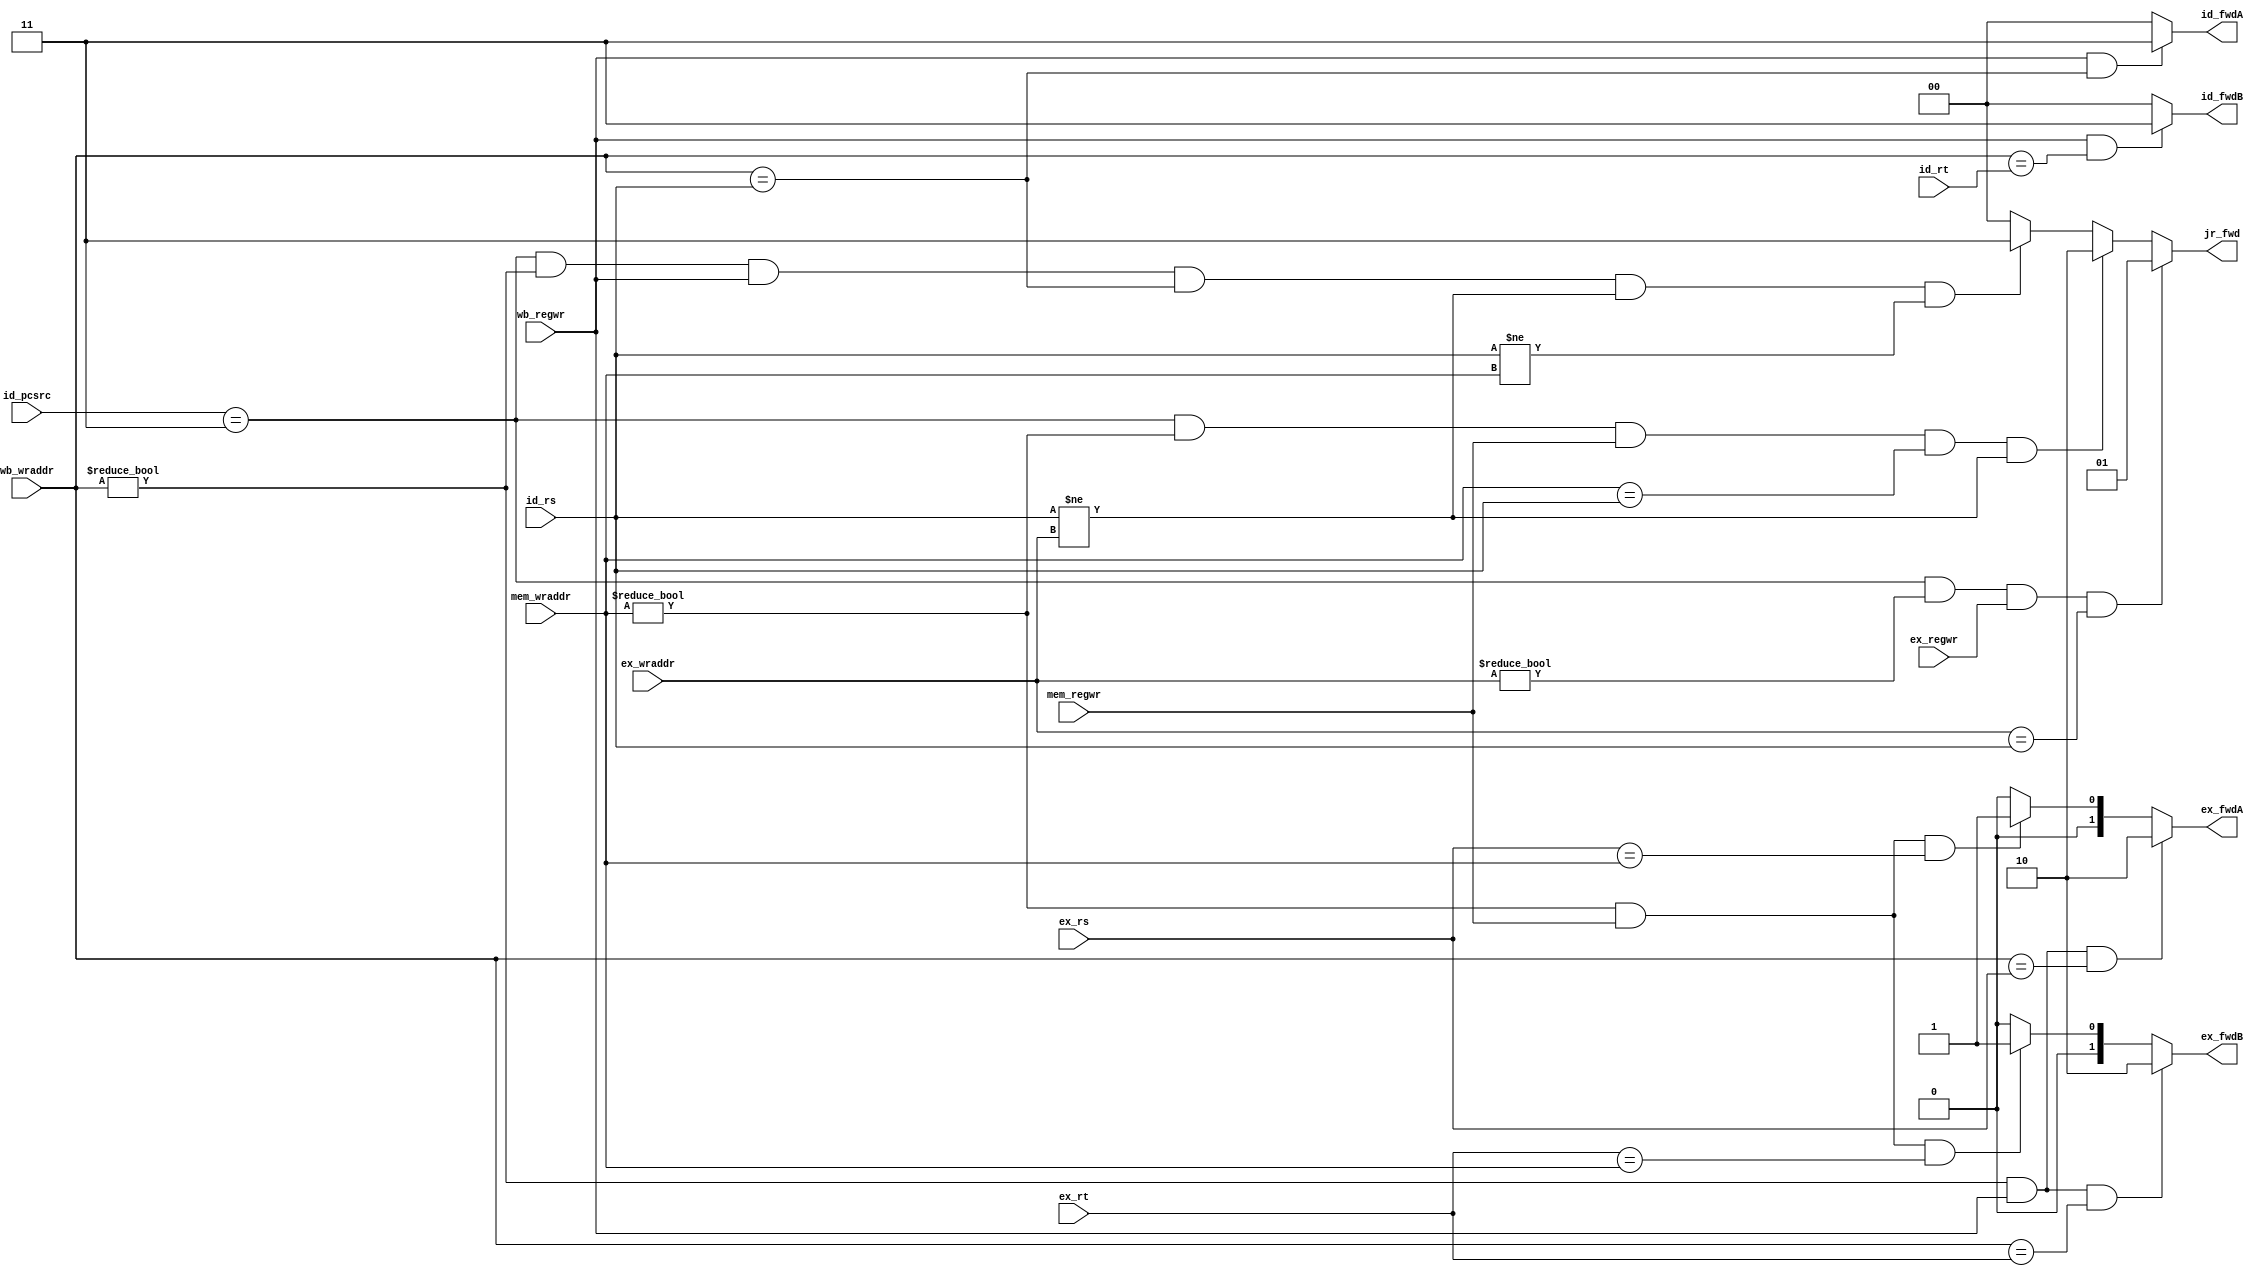
`timescale 1ns / 1ps
//  0: 
//	1: forward
//	2: forward
//	3: forward
module Forward(id_pcsrc, id_rs, id_rt, ex_rs, ex_rt, ex_regwr, ex_wraddr, mem_wraddr, mem_regwr, wb_wraddr, wb_regwr,
    id_fwdA, id_fwdB, ex_fwdA, ex_fwdB, jr_fwd);
    input [2:0] id_pcsrc;
    input [4:0] id_rs; //id_rs: id_inst[25:21]
    input [4:0] id_rt; //id_rt: id_inst[20:16]
    input [4:0] ex_rs; //ex_rs: ex_inst[25:21]
    input [4:0] ex_rt; //ex_rt: ex_inst[20:16]
    input ex_regwr;
    input [4:0] ex_wraddr;//ex_wraddr: ex_inst[15:11]
    input [4:0] mem_wraddr;
    input mem_regwr;
    input [4:0] wb_wraddr;
    input wb_regwr;
    
    output [1:0] id_fwdA;
    output [1:0] id_fwdB;
    output [1:0] ex_fwdA;
    output [1:0] ex_fwdB;
    output [1:0] jr_fwd;
    
// WB -> ID: rs and rt
    assign id_fwdA = 
        (wb_regwr && (wb_wraddr == id_rs))? 2'd3: //(wb_wraddr != 0) && 
        //&& ((id_rs != mem_wraddr || ~mem_regwr) && (id_rs != ex_wraddr || ~ex_regwr)) 
        2'd0;
    
    assign id_fwdB =
        (wb_regwr && (wb_wraddr == id_rt))? 2'd3: //(wb_wraddr != 0) && 
         //&& ((id_rt != mem_wraddr || ~mem_regwr) && (id_rt != ex_wraddr || ~ex_regwr))
        2'd0;

// WB -> EX_rs or MEM -> EX_rs
    assign ex_fwdA =
        ((wb_wraddr != 0) && wb_regwr && (wb_wraddr == ex_rs))? 2'd2: // && (ex_rs != mem_wraddr || ~mem_regwr)
        ((mem_wraddr != 0) && mem_regwr && (ex_rs == mem_wraddr))? 2'd1:
        2'd0;
        
// WB -> EX_rt or MEM -> EX_rt
    assign ex_fwdB =
        ((wb_wraddr != 0) && wb_regwr && (wb_wraddr == ex_rt))? 2'd2: // && (ex_rt != mem_wraddr || ~mem_regwr)
        ((mem_wraddr != 0) && mem_regwr && (ex_rt == mem_wraddr))? 2'd1:
        2'd0;
    
// jr
    assign jr_fwd = 
        ((id_pcsrc == 3'd3) && (ex_wraddr != 0) && ex_regwr &&(ex_wraddr == id_rs))? 2'd1:
        ((id_pcsrc == 3'd3) && (mem_wraddr != 0) && mem_regwr && (mem_wraddr == id_rs) && (id_rs != ex_wraddr))? 2'd2:
        ((id_pcsrc == 3'd3) && (wb_wraddr != 0) && wb_regwr && (wb_wraddr == id_rs) && (id_rs != ex_wraddr) && (id_rs != mem_wraddr))? 2'd3:
        2'd0;
endmodule